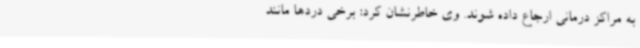
به مراکز درمانی ارجاع داده شوند. وی خاطرنشان کرد: برخی دردها مانند